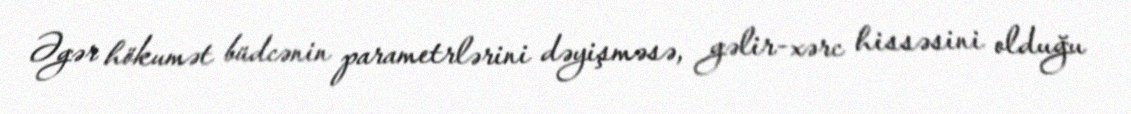
Əgər hökumət büdcənin parametrlərini dəyişməsə, gəlir-xərc hissəsini olduğu